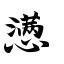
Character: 懑